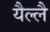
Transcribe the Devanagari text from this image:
यैल्लै